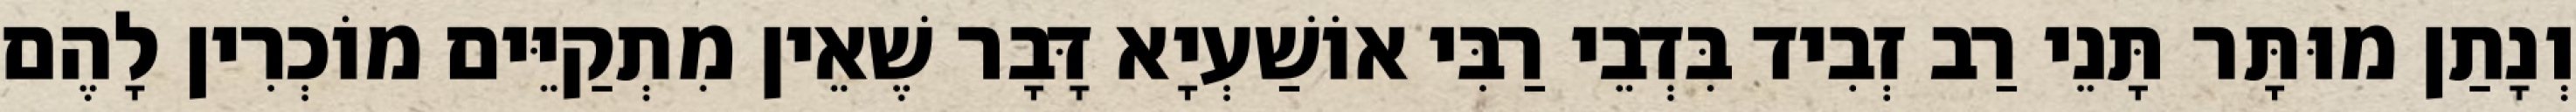
וְנָתַן מוּתָּר תָּנֵי רַב זְבִיד בִּדְבֵי רַבִּי אוֹשַׁעְיָא דָּבָר שֶׁאֵין מִתְקַיֵּים מוֹכְרִין לָהֶם